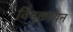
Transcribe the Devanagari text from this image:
विमुक्तायन